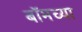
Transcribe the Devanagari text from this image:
बॉमच्या